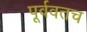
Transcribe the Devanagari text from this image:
पूर्ववतच